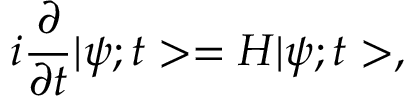
i \frac { \partial } { \partial t } | \psi ; t > = H | \psi ; t > ,